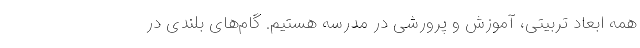
همه ابعاد تربیتی، آموزش و پرورشی در مدرسه هستیم. گام‌‌های بلندی در